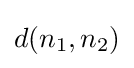
d(n_{1},n_{2})